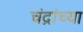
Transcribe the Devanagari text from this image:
चंद्रांच्या